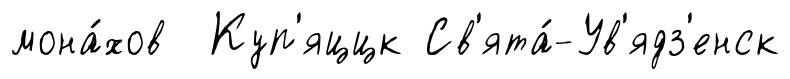
мона́хов Куп'яццк Св'ята́-Ув'ядз'енск